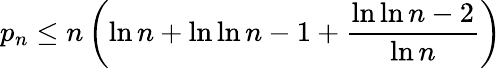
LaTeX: p_{n}\leq n\left(\ln n+\ln\ln n-1+{\frac{\ln\ln n-2}{\ln n}}\right)